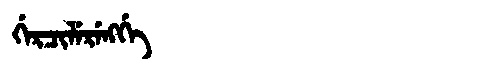
Manchu: ᡤᡝᡵᠴᡳᠯᡝᡵᡝᠩᡤᡝ
Romanization: GERCILERENGGE